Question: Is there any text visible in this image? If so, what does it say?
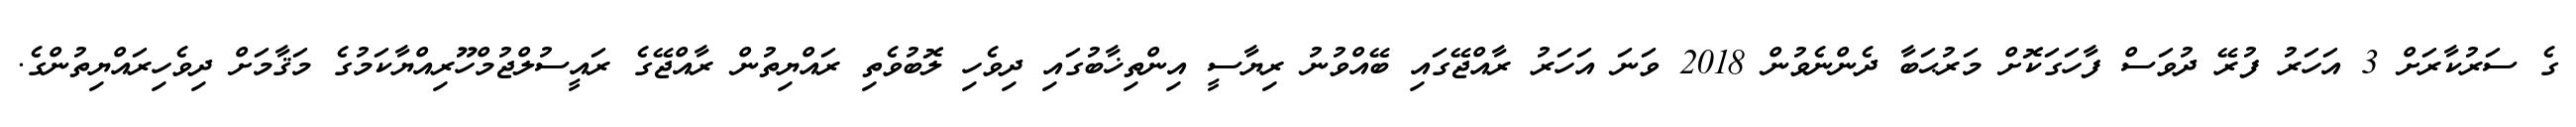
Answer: ގެ ސަރުކާރަށް 3 އަހަރު ފުރޭ ދުވަސް ފާހަގަކޮށް މަރުޙަބާ ދެންނެވުން 2018 ވަނަ އަހަރު ރާއްޖޭގައި ބޭއްވުނު ރިޔާސީ އިންތިޚާބުގައި ދިވެހި ލޮބުވެތި ރައްޔިތުން ރާއްޖޭގެ ރައީސުލްޖުމްހޫރިއްޔާކަމުގެ މަޤާމަށް ދިވެހިރައްޔިތުންގެ.